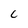
Character: 6